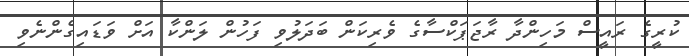
ކުރީގެ ރައީސް މަހިންދާ ރާޖަޕަކްސާގެ ވެރިކަން ބަދަލުވި ފަހުން ލަންކާ އަށް ވަޑައިގެންނެވި